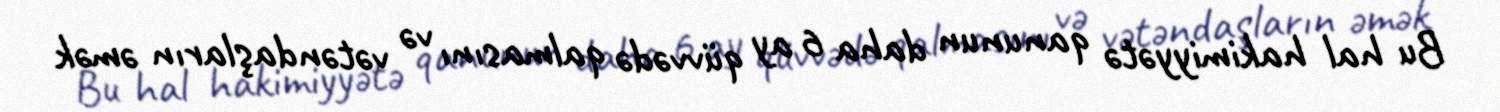
Bu hal hakimiyyətə qanunun daha 6 ay qüvvədə qalmasını və vətəndaşların əmək